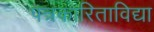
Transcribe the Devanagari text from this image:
पत्रकारिताविद्या